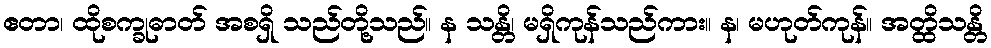
ဧတာ၊ ထိုစက္ခုဓာတ် အစရှိ သည်တို့သည်။ န သန္တိ၊ မရှိကုန်သည်ကား။ န၊ မဟုတ်ကုန်။ အတ္ထိသန္တိ